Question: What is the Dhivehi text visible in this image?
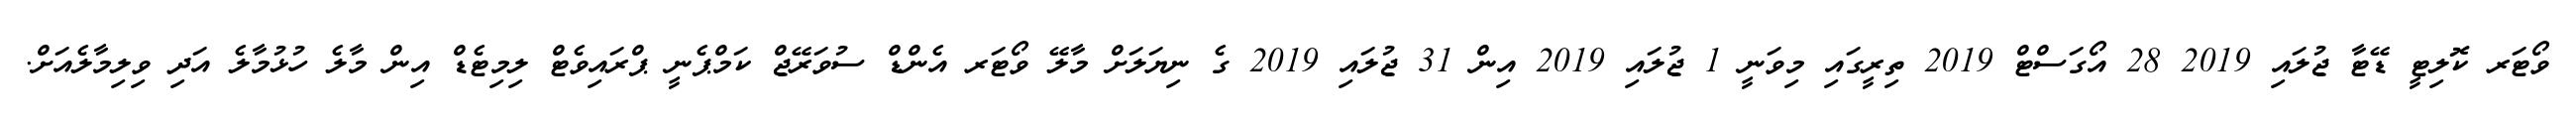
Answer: ވޯޓަރ ކޮލިޓީ ޑޭޓާ ޖުލައި 2019 28 އޯގަސްޓް 2019 ތިރީގައި މިވަނީ 1 ޖުލައި 2019 އިން 31 ޖުލައި 2019 ގެ ނިޔަލަށް މާލޭ ވޯޓަރ އެންޑް ސުވަރޭޖް ކަމްޕެނީ ޕްރައިވެޓް ލިމިޓެޑް އިން މާލެ ހުޅުމާލެ އަދި ވިލިމާލެއަށް.